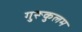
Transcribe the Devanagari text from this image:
गुरूकुलम